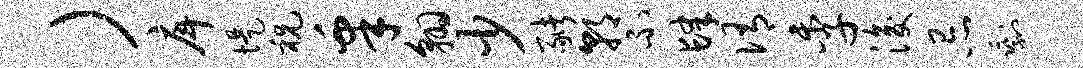
）戽堤祝皋翱少猪朝不肆侑季浚忌剩